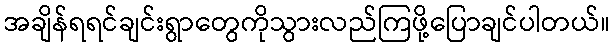
အချိန်ရရင်ချင်းရွာတွေကိုသွားလည်ကြဖို့ပြောချင်ပါတယ်။